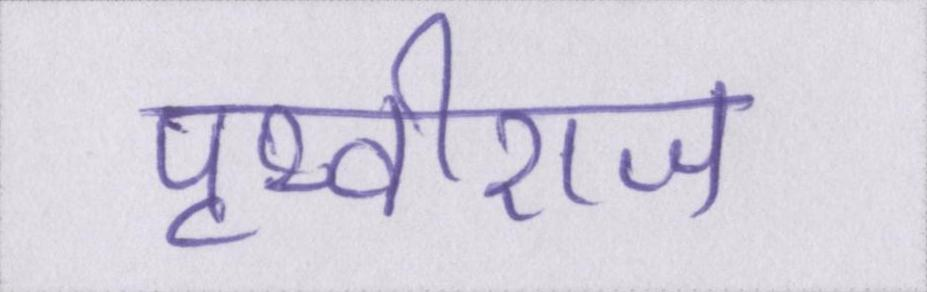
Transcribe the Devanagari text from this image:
पृथ्वीराज